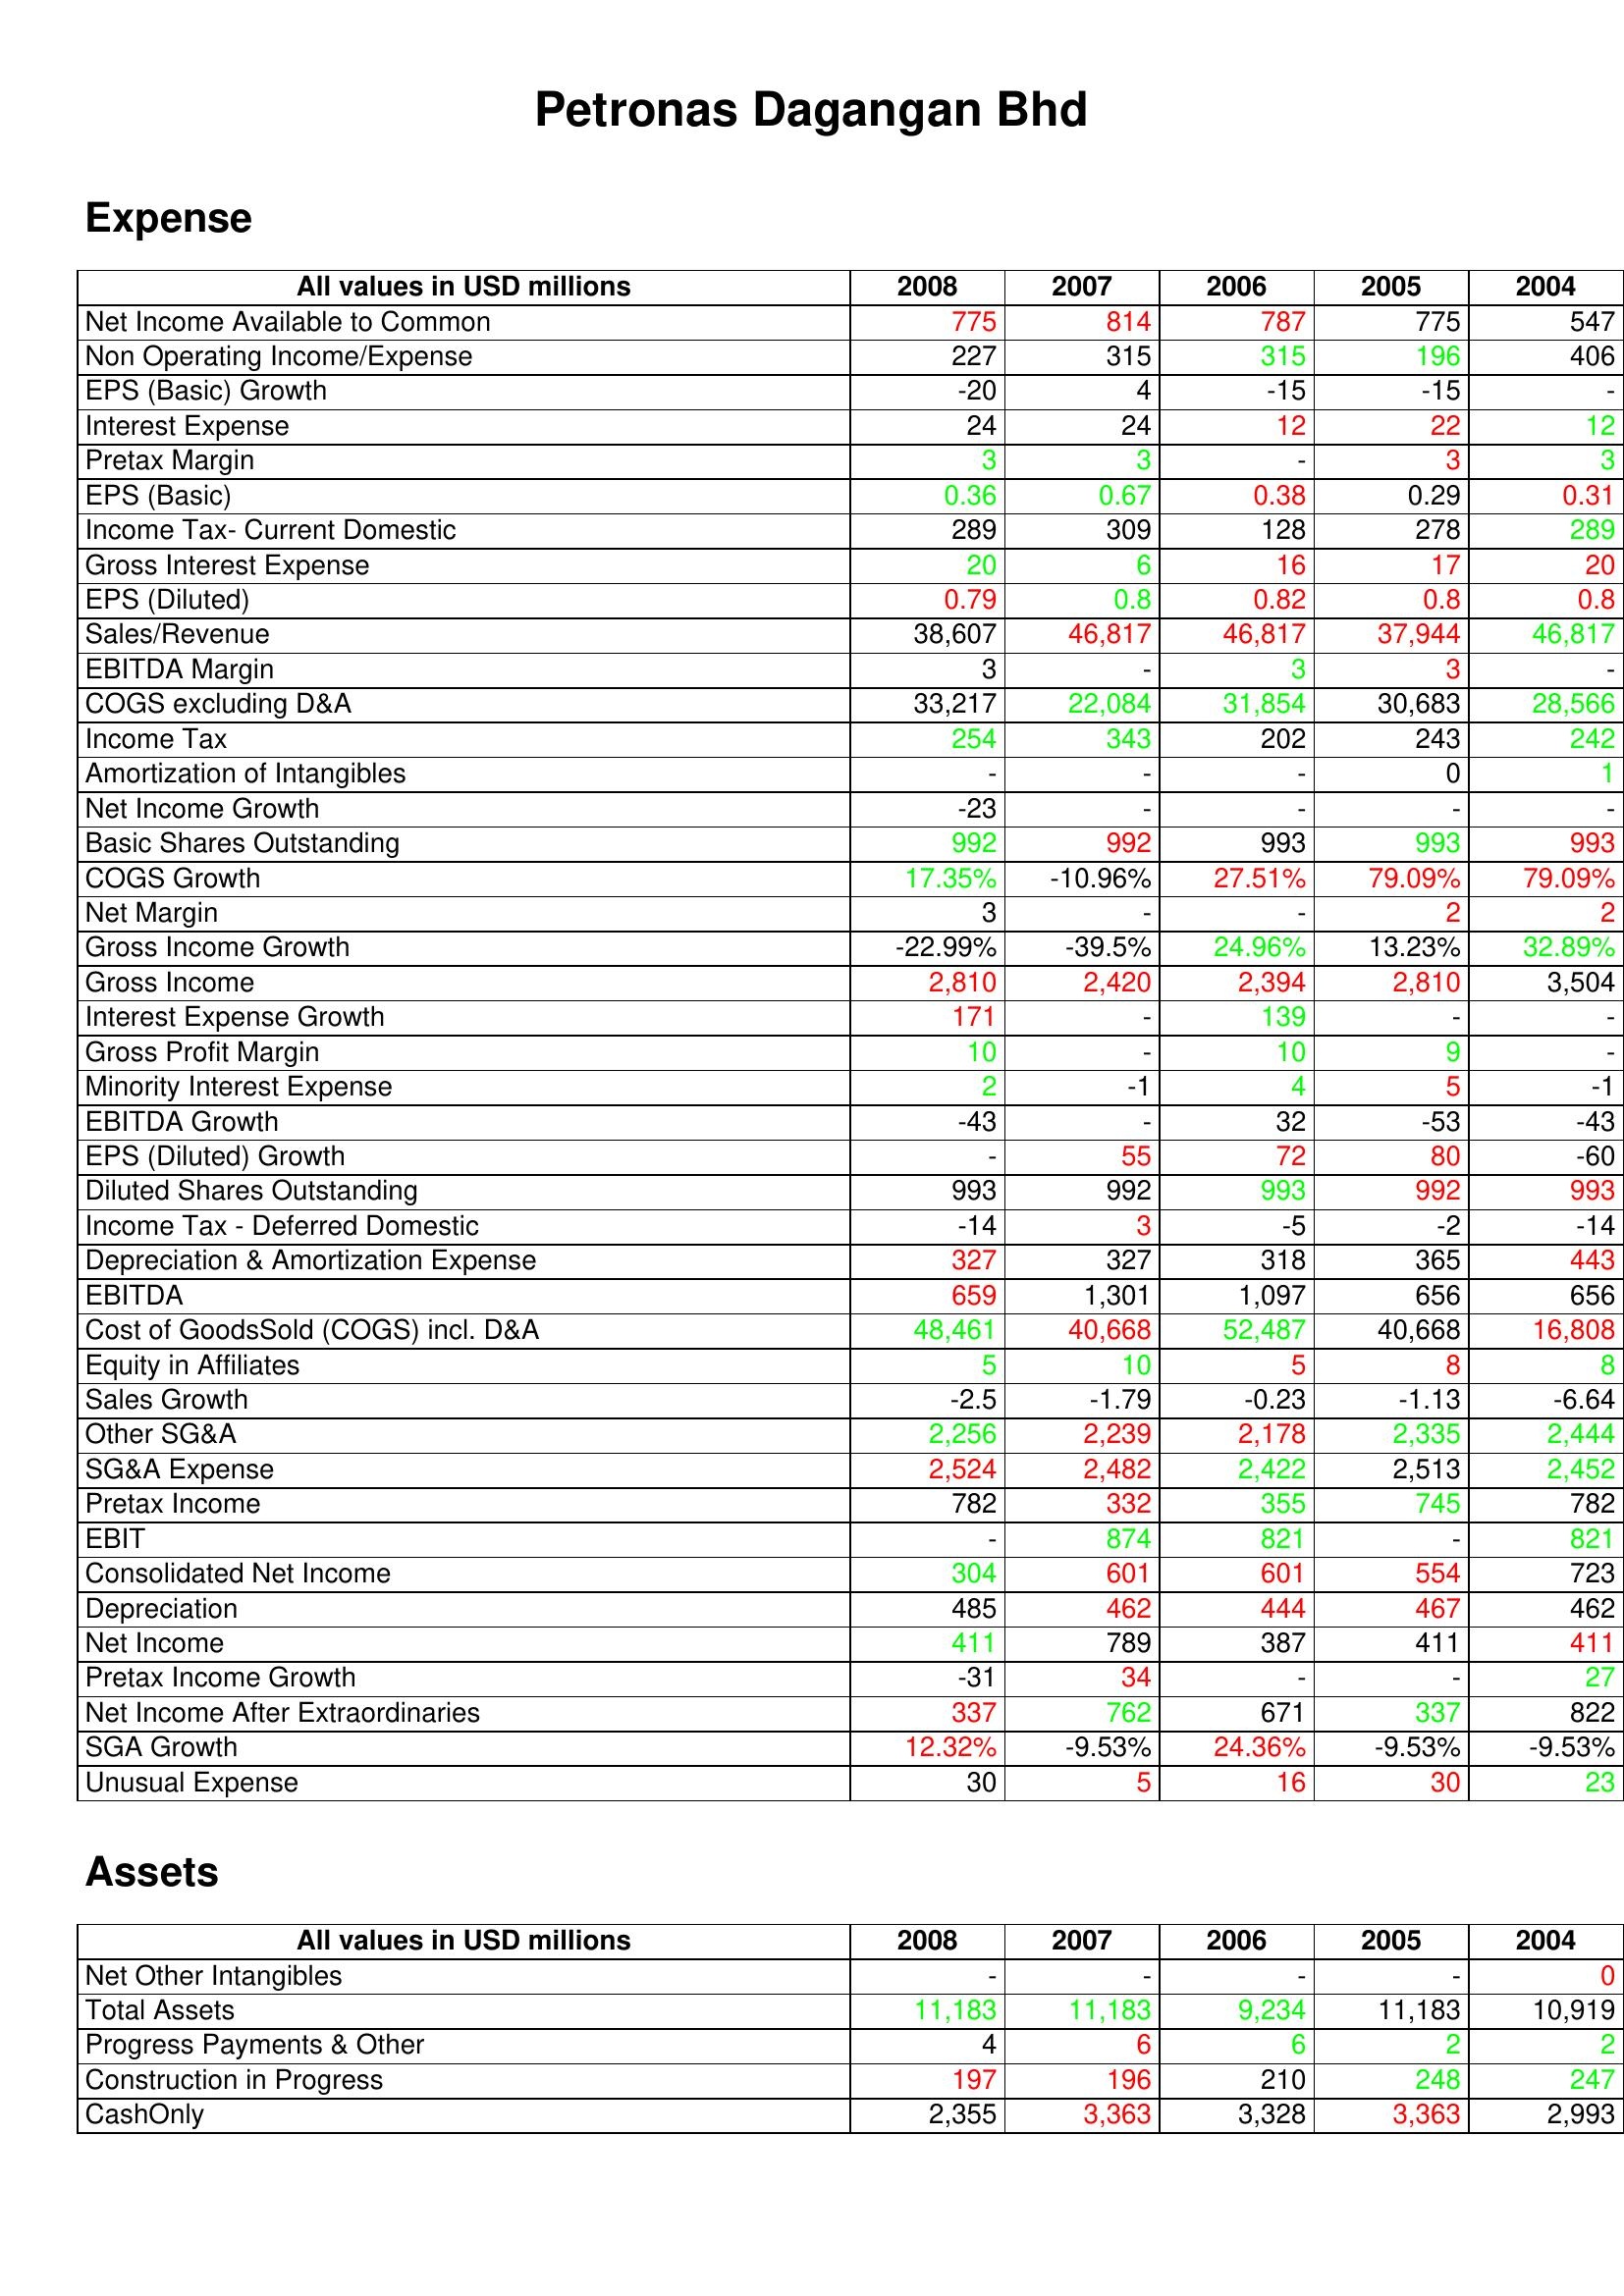
gt_parse: 2008: Expense: Net Income Available to Common: 775
Non Operating Income/Expense: 227
EPS (Basic) Growth: -20
Interest Expense: 24
Pretax Margin: 3
EPS (Basic): 0.36
Income Tax- Current Domestic: 289
Gross Interest Expense: 20
EPS (Diluted): 0.79
Sales/Revenue: 38,607
EBITDA Margin: 3
COGS excluding D&A: 33,217
Income Tax: 254
Amortization of Intangibles: -
Net Income Growth: -23
Basic Shares Outstanding: 992
COGS Growth: 17.35%
Net Margin: 3
Gross Income Growth: -22.99%
Gross Income: 2,810
Interest Expense Growth: 171
Gross Profit Margin: 10
Minority Interest Expense: 2
EBITDA Growth: -43
EPS (Diluted) Growth: -
Diluted Shares Outstanding: 993
Income Tax - Deferred Domestic: -14
Depreciation & Amortization Expense: 327
EBITDA: 659
Cost of GoodsSold (COGS) incl. D&A: 48,461
Equity in Affiliates: 5
Sales Growth: -2.5
Other SG&A: 2,256
SG&A Expense: 2,524
Pretax Income: 782
EBIT: -
Consolidated Net Income: 304
Depreciation: 485
Net Income: 411
Pretax Income Growth: -31
Net Income After Extraordinaries: 337
SGA Growth: 12.32%
Unusual Expense: 30
Assets: Net Other Intangibles: -
Total Assets: 11,183
Progress Payments & Other: 4
Construction in Progress: 197
CashOnly: 2,355
2007: Expense: Net Income Available to Common: 814
Non Operating Income/Expense: 315
EPS (Basic) Growth: 4
Interest Expense: 24
Pretax Margin: 3
EPS (Basic): 0.67
Income Tax- Current Domestic: 309
Gross Interest Expense: 6
EPS (Diluted): 0.8
Sales/Revenue: 46,817
EBITDA Margin: -
COGS excluding D&A: 22,084
Income Tax: 343
Amortization of Intangibles: -
Net Income Growth: -
Basic Shares Outstanding: 992
COGS Growth: -10.96%
Net Margin: -
Gross Income Growth: -39.5%
Gross Income: 2,420
Interest Expense Growth: -
Gross Profit Margin: -
Minority Interest Expense: -1
EBITDA Growth: -
EPS (Diluted) Growth: 55
Diluted Shares Outstanding: 992
Income Tax - Deferred Domestic: 3
Depreciation & Amortization Expense: 327
EBITDA: 1,301
Cost of GoodsSold (COGS) incl. D&A: 40,668
Equity in Affiliates: 10
Sales Growth: -1.79
Other SG&A: 2,239
SG&A Expense: 2,482
Pretax Income: 332
EBIT: 874
Consolidated Net Income: 601
Depreciation: 462
Net Income: 789
Pretax Income Growth: 34
Net Income After Extraordinaries: 762
SGA Growth: -9.53%
Unusual Expense: 5
Assets: Net Other Intangibles: -
Total Assets: 11,183
Progress Payments & Other: 6
Construction in Progress: 196
CashOnly: 3,363
2006: Expense: Net Income Available to Common: 787
Non Operating Income/Expense: 315
EPS (Basic) Growth: -15
Interest Expense: 12
Pretax Margin: -
EPS (Basic): 0.38
Income Tax- Current Domestic: 128
Gross Interest Expense: 16
EPS (Diluted): 0.82
Sales/Revenue: 46,817
EBITDA Margin: 3
COGS excluding D&A: 31,854
Income Tax: 202
Amortization of Intangibles: -
Net Income Growth: -
Basic Shares Outstanding: 993
COGS Growth: 27.51%
Net Margin: -
Gross Income Growth: 24.96%
Gross Income: 2,394
Interest Expense Growth: 139
Gross Profit Margin: 10
Minority Interest Expense: 4
EBITDA Growth: 32
EPS (Diluted) Growth: 72
Diluted Shares Outstanding: 993
Income Tax - Deferred Domestic: -5
Depreciation & Amortization Expense: 318
EBITDA: 1,097
Cost of GoodsSold (COGS) incl. D&A: 52,487
Equity in Affiliates: 5
Sales Growth: -0.23
Other SG&A: 2,178
SG&A Expense: 2,422
Pretax Income: 355
EBIT: 821
Consolidated Net Income: 601
Depreciation: 444
Net Income: 387
Pretax Income Growth: -
Net Income After Extraordinaries: 671
SGA Growth: 24.36%
Unusual Expense: 16
Assets: Net Other Intangibles: -
Total Assets: 9,234
Progress Payments & Other: 6
Construction in Progress: 210
CashOnly: 3,328
2005: Expense: Net Income Available to Common: 775
Non Operating Income/Expense: 196
EPS (Basic) Growth: -15
Interest Expense: 22
Pretax Margin: 3
EPS (Basic): 0.29
Income Tax- Current Domestic: 278
Gross Interest Expense: 17
EPS (Diluted): 0.8
Sales/Revenue: 37,944
EBITDA Margin: 3
COGS excluding D&A: 30,683
Income Tax: 243
Amortization of Intangibles: 0
Net Income Growth: -
Basic Shares Outstanding: 993
COGS Growth: 79.09%
Net Margin: 2
Gross Income Growth: 13.23%
Gross Income: 2,810
Interest Expense Growth: -
Gross Profit Margin: 9
Minority Interest Expense: 5
EBITDA Growth: -53
EPS (Diluted) Growth: 80
Diluted Shares Outstanding: 992
Income Tax - Deferred Domestic: -2
Depreciation & Amortization Expense: 365
EBITDA: 656
Cost of GoodsSold (COGS) incl. D&A: 40,668
Equity in Affiliates: 8
Sales Growth: -1.13
Other SG&A: 2,335
SG&A Expense: 2,513
Pretax Income: 745
EBIT: -
Consolidated Net Income: 554
Depreciation: 467
Net Income: 411
Pretax Income Growth: -
Net Income After Extraordinaries: 337
SGA Growth: -9.53%
Unusual Expense: 30
Assets: Net Other Intangibles: -
Total Assets: 11,183
Progress Payments & Other: 2
Construction in Progress: 248
CashOnly: 3,363
2004: Expense: Net Income Available to Common: 547
Non Operating Income/Expense: 406
EPS (Basic) Growth: -
Interest Expense: 12
Pretax Margin: 3
EPS (Basic): 0.31
Income Tax- Current Domestic: 289
Gross Interest Expense: 20
EPS (Diluted): 0.8
Sales/Revenue: 46,817
EBITDA Margin: -
COGS excluding D&A: 28,566
Income Tax: 242
Amortization of Intangibles: 1
Net Income Growth: -
Basic Shares Outstanding: 993
COGS Growth: 79.09%
Net Margin: 2
Gross Income Growth: 32.89%
Gross Income: 3,504
Interest Expense Growth: -
Gross Profit Margin: -
Minority Interest Expense: -1
EBITDA Growth: -43
EPS (Diluted) Growth: -60
Diluted Shares Outstanding: 993
Income Tax - Deferred Domestic: -14
Depreciation & Amortization Expense: 443
EBITDA: 656
Cost of GoodsSold (COGS) incl. D&A: 16,808
Equity in Affiliates: 8
Sales Growth: -6.64
Other SG&A: 2,444
SG&A Expense: 2,452
Pretax Income: 782
EBIT: 821
Consolidated Net Income: 723
Depreciation: 462
Net Income: 411
Pretax Income Growth: 27
Net Income After Extraordinaries: 822
SGA Growth: -9.53%
Unusual Expense: 23
Assets: Net Other Intangibles: 0
Total Assets: 10,919
Progress Payments & Other: 2
Construction in Progress: 247
CashOnly: 2,993